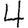
Digit: 4